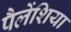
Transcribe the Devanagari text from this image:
पैलेंशिया